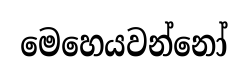
මෙහෙයවන්නෝ